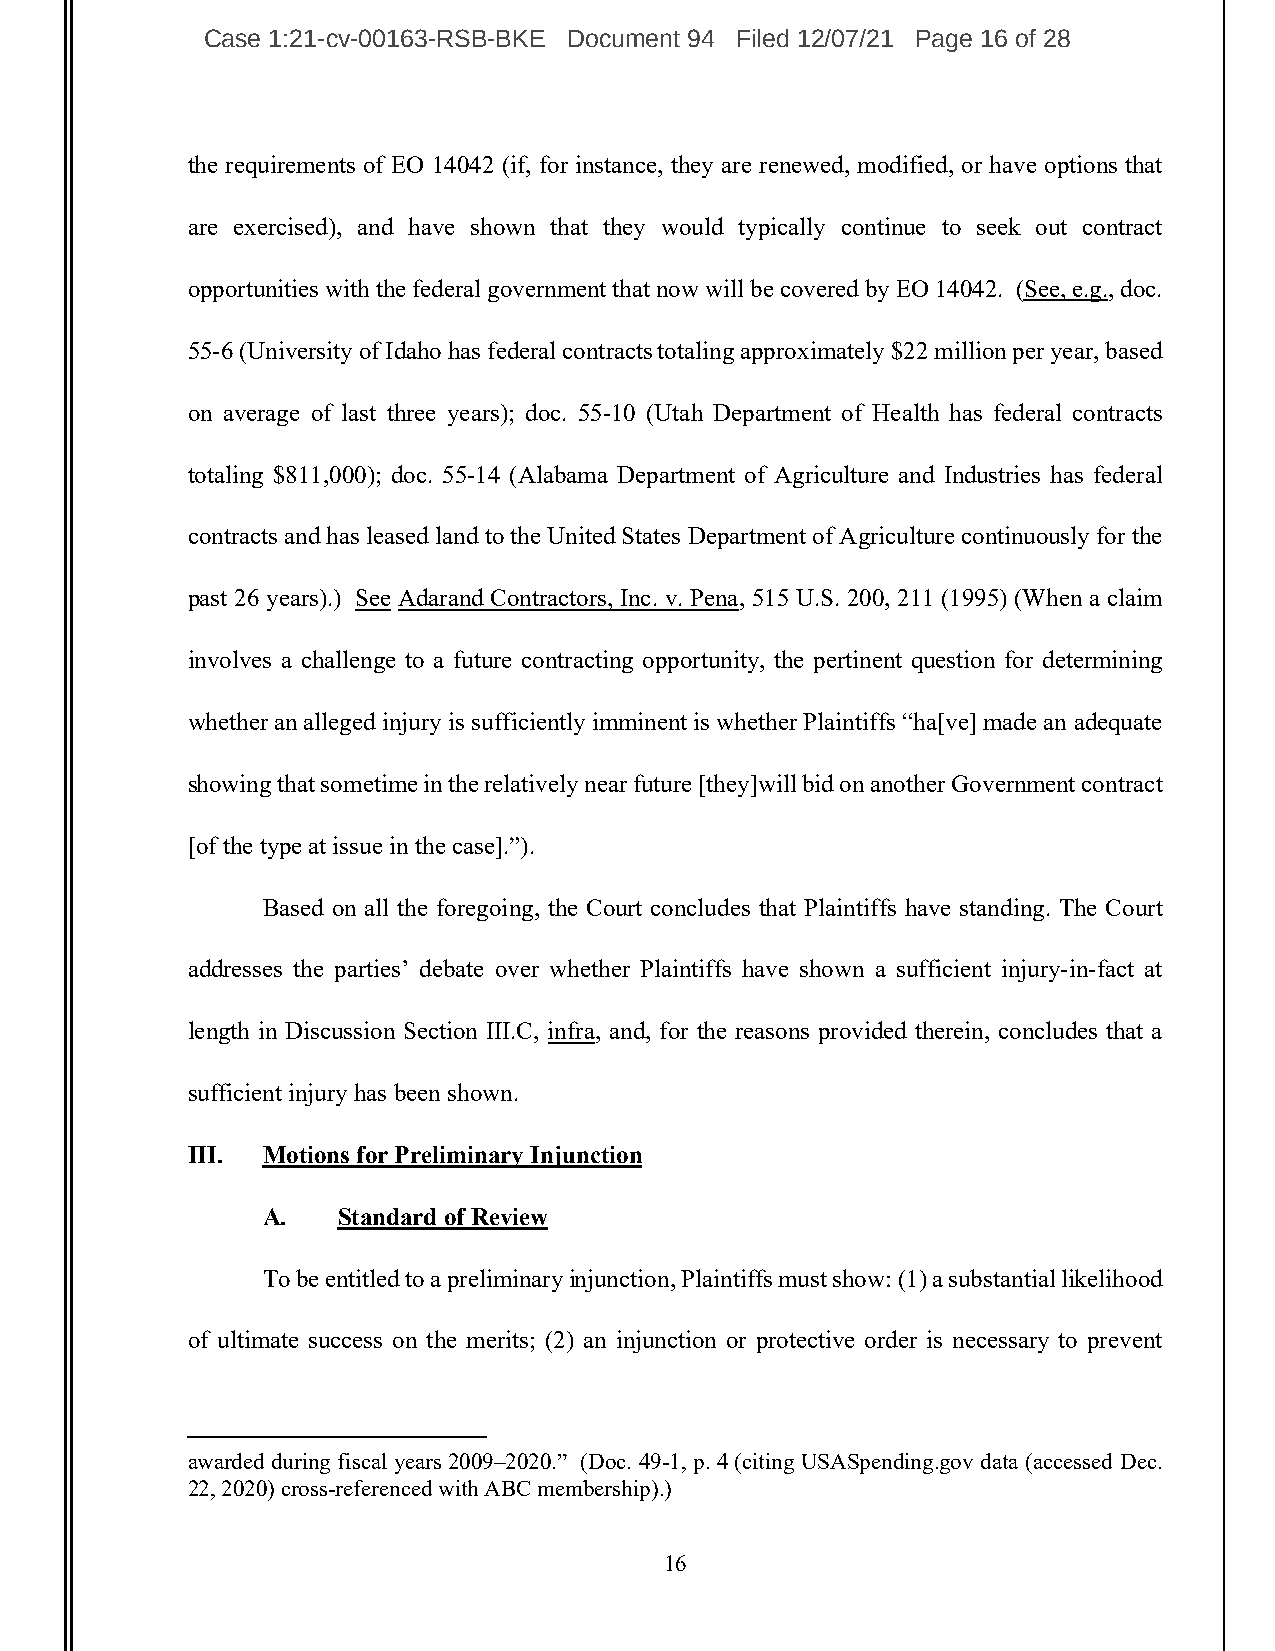
Case 1:21-cv-00163-RSB-BKE Document 94 Filed 12/07/21 Page 16 of 28
 the requirements of EO 14042 (if, for instance, they are renewed, modified, or have options that
 are exercised), and have shown that they would typically continue to seek out contract
 opportunities with the federal government that now will be covered by EO 14042. (See, e.g., doc.
 55-6 (University of Idaho has federal contracts totaling approximately $22 million per year, based
 on average of last three years); doc. 55-10 (Utah Department of Health has federal contracts
 totaling $811,000); doc. 55-14 (Alabama Department of Agriculture and Industries has federal
 contracts and has leased land to the United States Department of Agriculture continuously for the
 past 26 years).) See Adarand Contractors, Inc. v. Pena, 515 U.S. 200, 211 (1995) (When a claim
 involves a challenge to a future contracting opportunity, the pertinent question for determining
 whether an alleged injury is sufficiently imminent is whether Plaintiffs “ha[ve] made an adequate
 showing that sometime in the relatively near future [they]will bid on another Government contract
 [of the type at issue in the case].”).
 Based on all the foregoing, the Court concludes that Plaintiffs have standing. The Court
 addresses the parties’ debate over whether Plaintiffs have shown a sufficient injury-in-fact at
 length in Discussion Section III.C, infra, and, for the reasons provided therein, concludes that a
 sufficient injury has been shown.
 III. Motions for Preliminary Injunction
 A.   Standard of Review
 To be entitled to a preliminary injunction, Plaintiffs must show: (1) a substantial likelihood
 of ultimate success on the merits; (2) an injunction or protective order is necessary to prevent
 awarded during fiscal years 2009–2020.” (Doc. 49-1, p. 4 (citing USASpending.gov data (accessed Dec.
 22, 2020) cross-referenced with ABC membership).)
 16